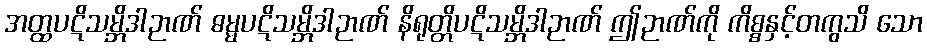
အတ္ထပဋိသမ္ဘိဒါဉာဏ် ဓမ္မပဋိသမ္ဘိဒါဉာဏ် နိရုတ္တိပဋိသမ္ဘိဒါဉာဏ် ဤဉာဏ်ကို ကိစ္စနှင့်တကွသိ သော